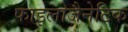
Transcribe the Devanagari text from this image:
फाइलोजैनेटिक